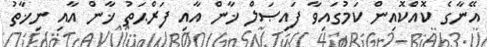
އޭނާގެ ކޮއްކޮއިން ކަމުގައިވާ ފައިޞަލް ޚާން އާއި ފަރްޙަތު ޚާން އާއި ނިޚާތު